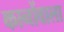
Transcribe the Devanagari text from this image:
कानोंवाला